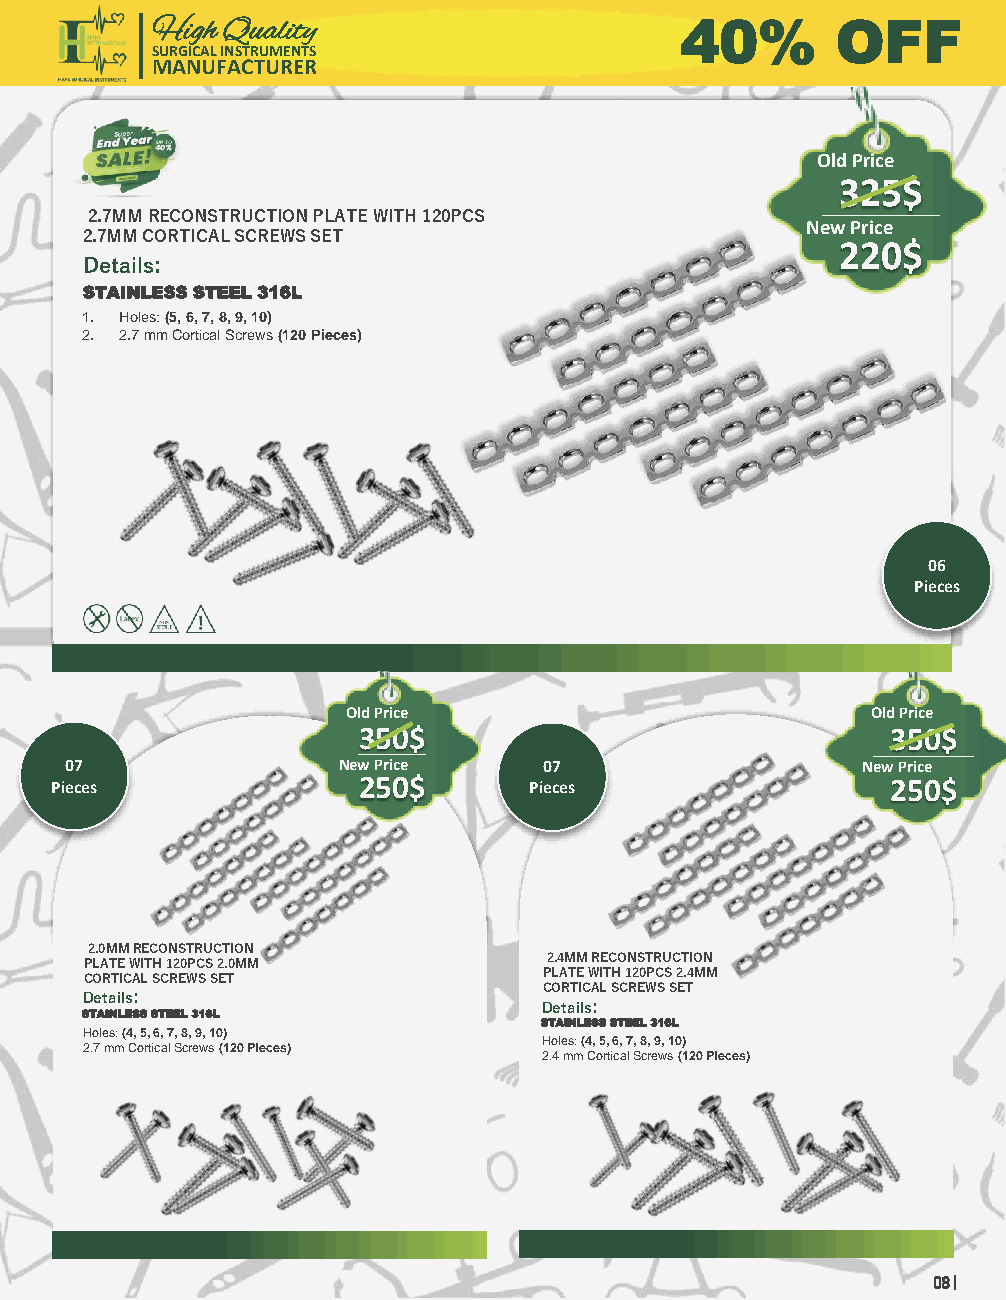
High Quality                       40%       OFF
 SURGICAL INSTRUMENTS
 MANUFACTURER
 Old Price
 325$
 2.7MMRECONSTRUCTION PLATE WITH 120PCS
 New Price
 2.7MM CORTICAL SCREWS SET
 220$
 Details:
 STAINLESS STEEL 316L
 1. Holes:(5, 6, 7, 8, 9, 10)
 2. 2.7 mm Cortical Screws (120 Pieces)
 06
 Pieces
 Old Price                          Old Price
 350$                               350$
 07                New Price     07                   New Price
 Pieces               250$       Pieces                  250$
 2.0MMRECONSTRUCTION
 PLATE WITH 120PCS2.0MM        2.4MM RECONSTRUCTION
 CORTICAL SCREWS SET           PLATE WITH 120PCS 2.4MM
 Details:                       CORTICAL SCREWS SET
 Details:
 STAINLESS STEEL 316L
 STAINLESS STEEL 316L
 Holes:(4, 5, 6, 7, 8, 9, 10)
 2.7 mm Cortical Screws (120 Pieces) Holes:(4, 5, 6, 7, 8, 9, 10)
 2.4 mm Cortical Screws (120 Pieces)
 08 |